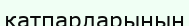
қатпарларының